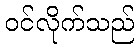
ဝင်လိုက်သည်